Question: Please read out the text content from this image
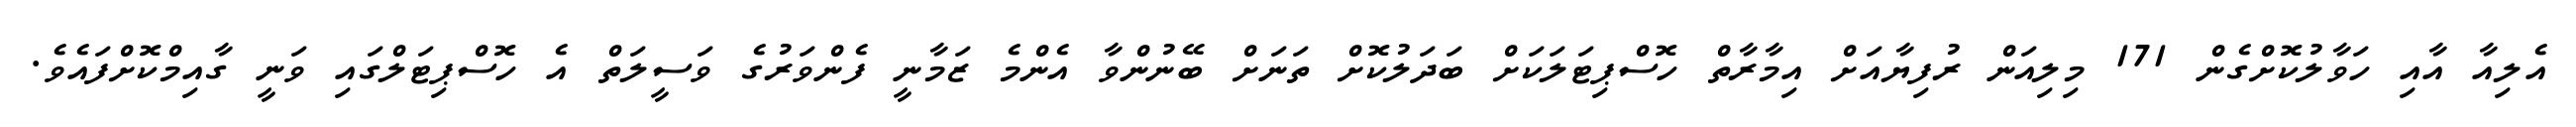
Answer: އެލިއާ އާއި ހަވާލުކޮށްގެން 171 މިލިއަން ރުފިޔާއަށް އިމާރާތް ހޮސްޕިޓަލަކަށް ބަދަލުކޮށް ތަނަށް ބޭނުންވާ އެންމެ ޒަމާނީ ފެންވަރުގެ ވަސީލަތް އެ ހޮސްޕިޓަލްގައި ވަނީ ގާއިމްކޮށްފައެވެ.